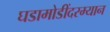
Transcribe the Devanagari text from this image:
घडामोडींदरम्यान